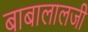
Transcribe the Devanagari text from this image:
बाबालालजी